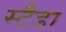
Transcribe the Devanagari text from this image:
स्टैडा